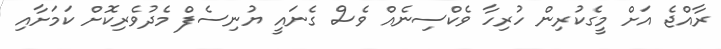
ރާއްޖެ އަށް މީގެކުރިން ހުރިހާ ވެކްސިނެއް ވެސް ގެނައީ ޔުނިސެފް މެދުވެރިކޮށް ކަމަށާއި